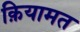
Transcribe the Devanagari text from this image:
क़ियामत